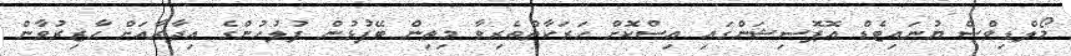
މޯލްޑިވްސް ޔުނައިޓެޑް އޮޕޮސިޝަންގައި އިސްކޮށް ހަރަކާތްތެރިވާ މިތިން ބޭފުޅުން ފުލުހުންގެ އިދާރާއަށް ހާޒިރުވާން